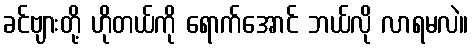
ခင်ဗျားတို့ ဟိုတယ်ကို ရောက်အောင် ဘယ်လို လာရမလဲ။